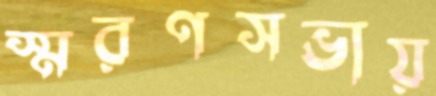
স্মরণসভায়